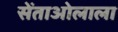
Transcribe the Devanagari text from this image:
सेंताओलाला